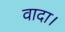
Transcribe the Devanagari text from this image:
वादा।